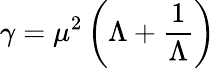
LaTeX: \gamma=\mu^{2}\left(\Lambda+\frac{1}{\Lambda}\right)